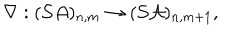
LaTeX: \nabla : ( { \cal S A } ) _ { n , m } \rightarrow ( { \cal S A } ) _ { n , m + 1 } ,